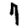
Digit: 7